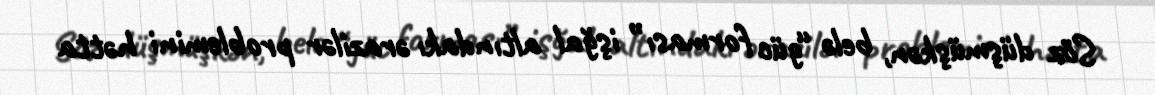
Söz düşmüşkən, belə “güc forması” işğal altındakı ərazilər problemini hətta